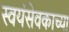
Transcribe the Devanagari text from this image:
स्वयंसेवकाच्या